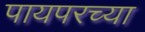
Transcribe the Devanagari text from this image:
पायपरच्या